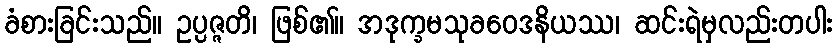
ခံစားခြင်းသည်။ ဥပ္ပဇ္ဇတိ၊ ဖြစ်၏။ အဒုက္ခမသုခဝေဒနိယဿ၊ ဆင်းရဲမှလည်းတပါး